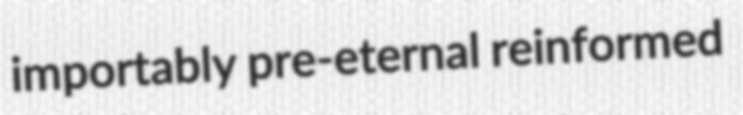
importably pre-eternal reinformed